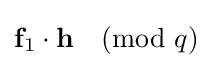
{\textbf {f}}_{1}\cdot {\textbf {h}}{\pmod {q}}